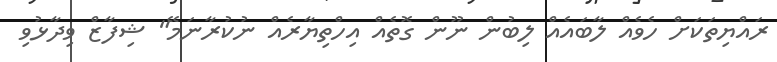
ރައްޔިތަކަށް ހެވެއް ލާބައެއް ލިބުން ނޫން ގޮތެއް އިހްތިޔާރެއް ނުކުރާނަމޭ" ޝިފާޒް ވިދާޅުވި